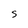
Character: S